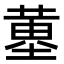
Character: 𡐳